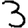
Digit: 3